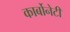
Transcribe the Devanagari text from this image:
कार्बोनेटी